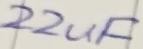
Text: 22uF